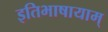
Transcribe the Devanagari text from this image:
इतिभाषायाम्‌